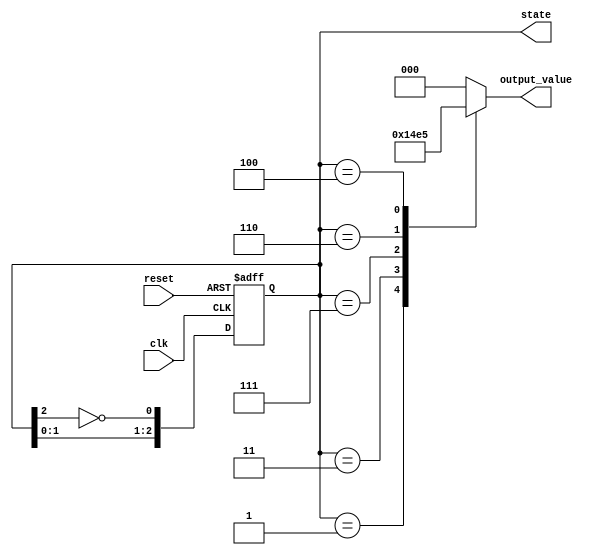
module johnson_counter (
    input wire clk,          // Clock signal
    input wire reset,        // Asynchronous reset
    output reg [2:0] state,  // 3-bit state output
    output reg [2:0] output_value // Output value to represent the current state
);

    // State transition for a Johnson counter
    always @(posedge clk or posedge reset) begin
        if (reset) begin
            state <= 3'b000; // Initialize to state 0 on reset
        end else begin
            // Shift the state and invert the last flip-flop for the first
            state <= {state[1:0], ~state[2]};
        end
    end

    // Moore output logic - output value is based on the current state
    always @(state) begin
        case (state)
            3'b000: output_value = 3'b000; // State 0
            3'b001: output_value = 3'b001; // State 1
            3'b011: output_value = 3'b010; // State 2
            3'b111: output_value = 3'b011; // State 3
            3'b110: output_value = 3'b100; // State 4
            3'b100: output_value = 3'b101; // State 5
            default: output_value = 3'b000; // Default case (shouldn't occur)
        endcase
    end

endmodule